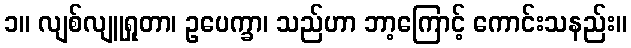
၁။ လျစ်လျူရှုတာ၊ ဥပေက္ခာ၊ သည်ဟာ ဘာ့ကြောင့် ကောင်းသနည်း။